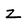
Character: Z